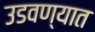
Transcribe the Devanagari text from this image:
उडवण्यात